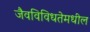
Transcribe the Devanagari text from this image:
जैवविविधतेमधील